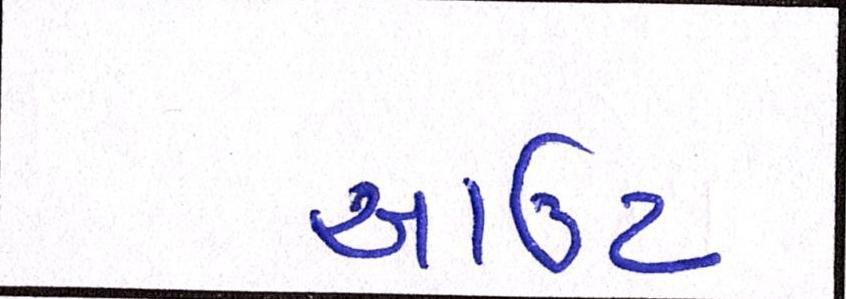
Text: આઉટ